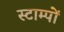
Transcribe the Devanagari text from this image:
स्टाम्पों